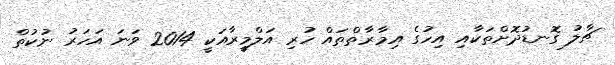
ޗާލު ގޮނޑުދޮށްތަކާއި އިހުގެ އިމާރާތްތައް ހުރި އަލްމީރާއަކީ 2014 ވަނަ އަހަރު ނުކުތް